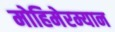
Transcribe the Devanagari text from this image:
मोहिमेरम्यान